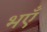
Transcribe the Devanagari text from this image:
भएँ